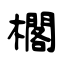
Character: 櫊